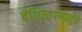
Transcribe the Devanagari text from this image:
बेशिस्तपणामुळे